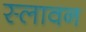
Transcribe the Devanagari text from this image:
स्लावन